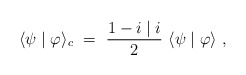
\begin{align*}\langle \psi \mid \varphi \rangle_c ~=~ \frac{1-i\mid i}{2}~\langle \psi \mid \varphi \rangle~,\end{align*}